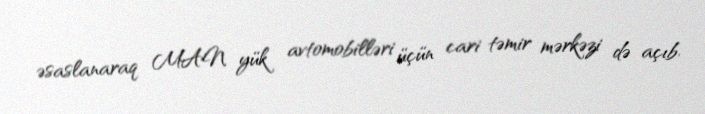
əsaslanaraq MAN yük avtomobilləri üçün cari təmir mərkəzi də açıb.